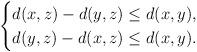
LaTeX: \begin{align*}\begin{cases} d(x,z) - d(y,z) \leq d(x,y), \\ d(y,z) - d(x,z) \leq d(x,y).\end{cases}\end{align*}